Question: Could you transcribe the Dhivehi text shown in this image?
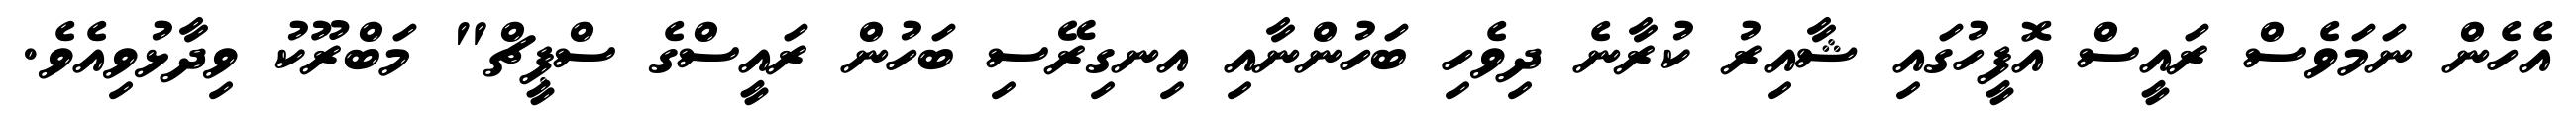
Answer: އެހެން ނަމަވެސް ރައީސް އޮފީހުގައި ޝާއިރު ކުރާނެ ދިވެހި ބަހުންނާއި އިނގިރޭސި ބަހުން ރައީސްގެ ސްޕީޗް" މަބްރޫކު ވިދާޅުވިއެވެ.